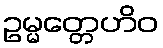
ဥမ္မတ္တေဟိဝ